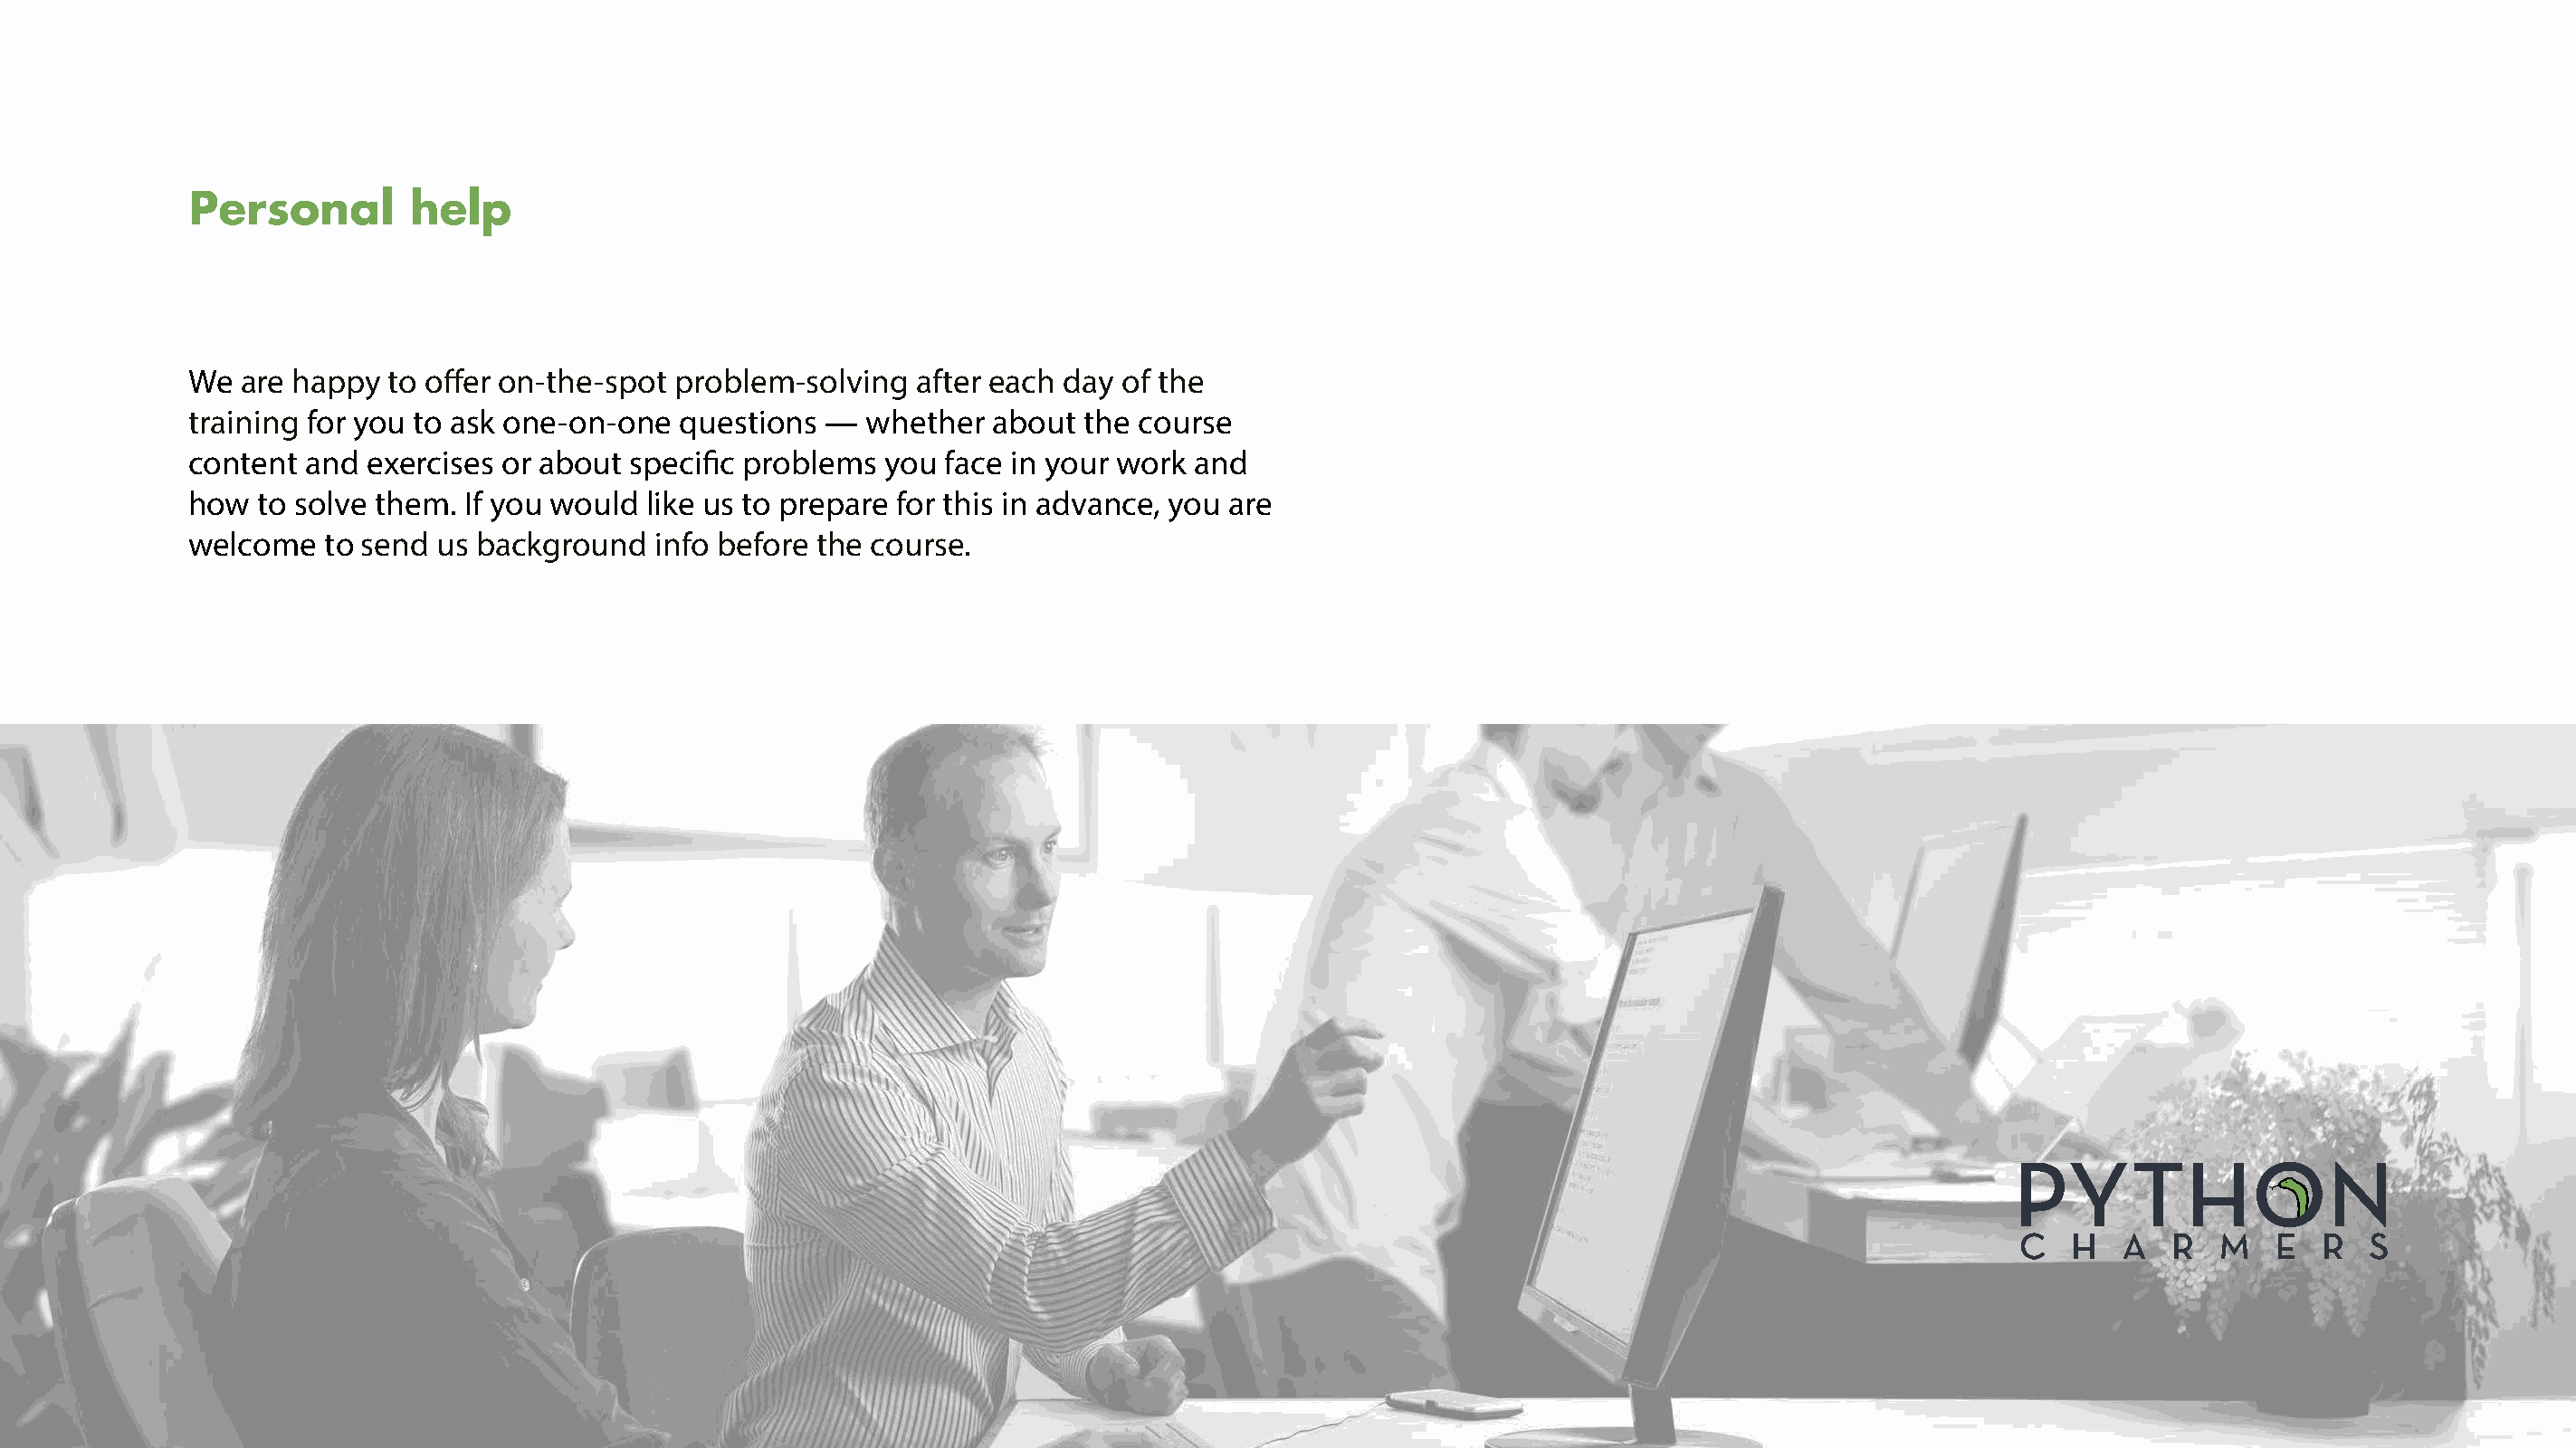
Personal        help
 We  are happy to offer on-the-spot problem-solving   after each day of the
 training for you to ask one-on-one  questions —  whether   about the course
 content and  exercises or about specific problems  you face in your work and
 how  to solve them. If you would like us to prepare for this in advance, you are
 welcome   to send us background   info before the course.